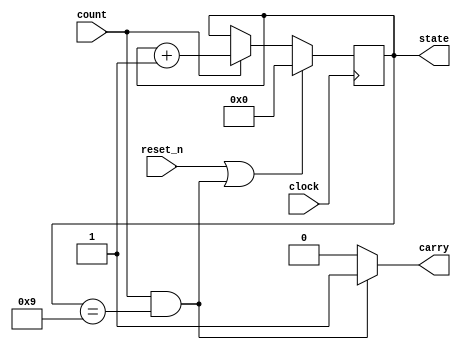
module problem1_sefunmi(clock, reset_n, count, state, carry);
   input        clock;     // System clock
   input        reset_n;   // Asynchronous active-low reset  
   input        count;     // Synchronous active-high count enable
   output [3:0] state;     // Counter state
   output       carry;     // Counter carry-out
   reg		state;
   reg 		carry;
   
   always @ (posedge clock) 
     if((reset_n == 1)||((count == 1)&&(state == 4'd9)))state <= 4'd0;
     else if (count == 1)				state <= state + 1;
     else						state <= state;

   always @ (state or count)
     if ((count == 1) && (state == 4'd9))	carry = 1;
     else					carry = 0;
endmodule